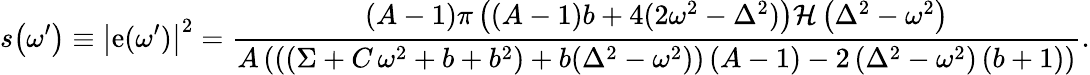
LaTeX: s\! \left(\omega^{\prime}\right)\equiv\left|\mathrm{e}(\omega^{\prime})\right|^{2}=\frac{{\left(A-1\right)\pi\left(\left(A-1\right)b+4(2\omega^{2}-\Delta^{2})\right)\mathcal{{H}}\left(\Delta^{2}-\omega^{2}\right)}}{{A\left(\left((\Sigma+C\, \omega^{2}+b+b^{2})+b(\Delta^{2}-\omega^{2})\right)\left(A-1\right)-2\left(\Delta^{2}-\omega^{2}\right)\left(b+1\right)\right)}}.